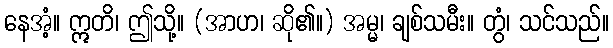
နေအံ့။ ဣတိ၊ ဤသို့။ (အာဟ၊ ဆို၏။) အမ္မ၊ ချစ်သမီး။ တွံ၊ သင်သည်။